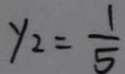
y _ { 2 } = \frac { 1 } { 5 }